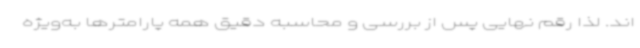
اند. لذا رقم نهایی پس از بررسی و محاسبه دقیق همه پارامترها به‌ویژه